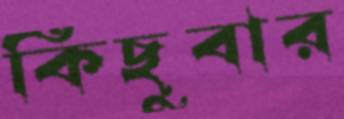
কিছুবার